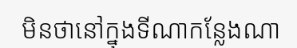
មិនថានៅក្នុងទីណាកន្លែងណា